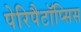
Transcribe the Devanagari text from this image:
पेरिपैटॉप्सिस